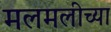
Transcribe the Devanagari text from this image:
मलमलीच्या